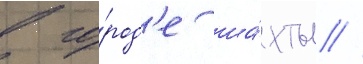
в го́род'е ша́хты //